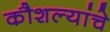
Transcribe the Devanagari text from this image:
कौशल्यांचे